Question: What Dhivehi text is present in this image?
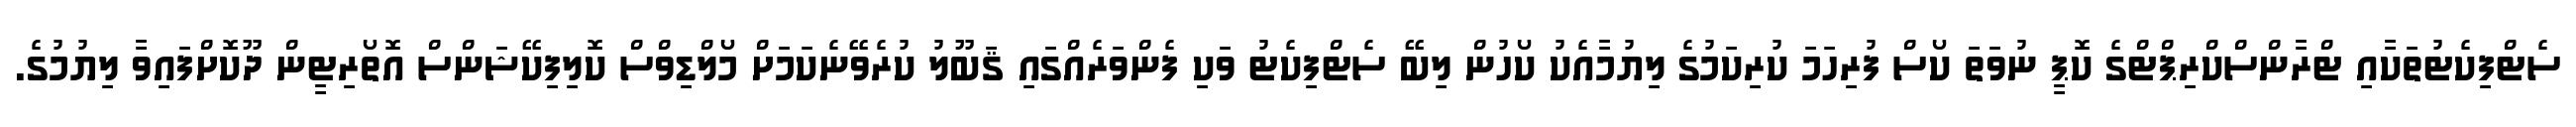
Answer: ސެޓްފިކެޓުތަކާއި ޓްރާންސްކްރިޕްޓްގެ ކޮޕީ ނުވަތަ ކޯސް ފުރިހަމަ ކުރިކަމުގެ ލިޔުމާއެކު ކޯހުން ލިބޭ ސެޓްފިކެޓު ވަކި ފެންވަރެއްގައި ޤަބޫލު ކުރެވޭނެކަމަށް މޯލްޑިވްސް ކޮލިފިކޭޝަންސް އޮތޯރިޓީން ދޫކޮށްފައިވާ ލިޔުމުގެ.